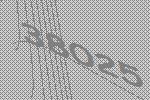
38025